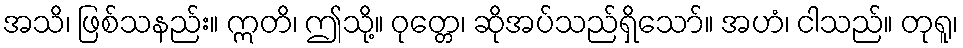
အသိ၊ ဖြစ်သနည်း။ ဣတိ၊ ဤသို့။ ဝုတ္တေ၊ ဆိုအပ်သည်ရှိသော်။ အဟံ၊ ငါသည်။ တုရူ၊